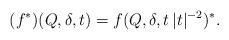
LaTeX: \begin{align*}(f^*) (Q,\delta,t) = f (Q,\delta, t \, |t|^{-2} )^* . \end{align*}